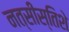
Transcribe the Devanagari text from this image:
नत्सीस्तिशे